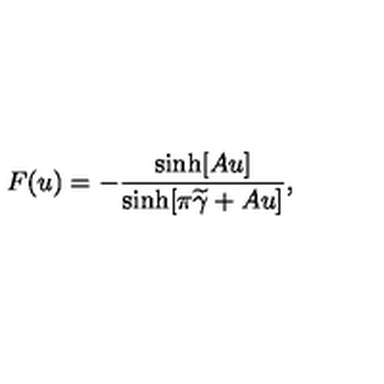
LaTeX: F ( u ) = - \frac { \sinh [ A u ] } { \sinh [ \pi \widetilde { \gamma } + A u ] } ,